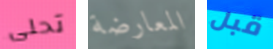
تحلى المعارضة قبل